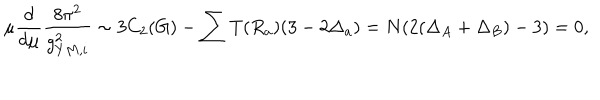
LaTeX: \mu \frac { d } { d \mu } \frac { 8 \pi ^ { 2 } } { g _ { Y M , i } ^ { 2 } } \sim 3 C _ { 2 } ( G ) - \sum T ( R _ { a } ) ( 3 - 2 \Delta _ { a } ) = N ( 2 ( \Delta _ { A } + \Delta _ { B } ) - 3 ) = 0 ,